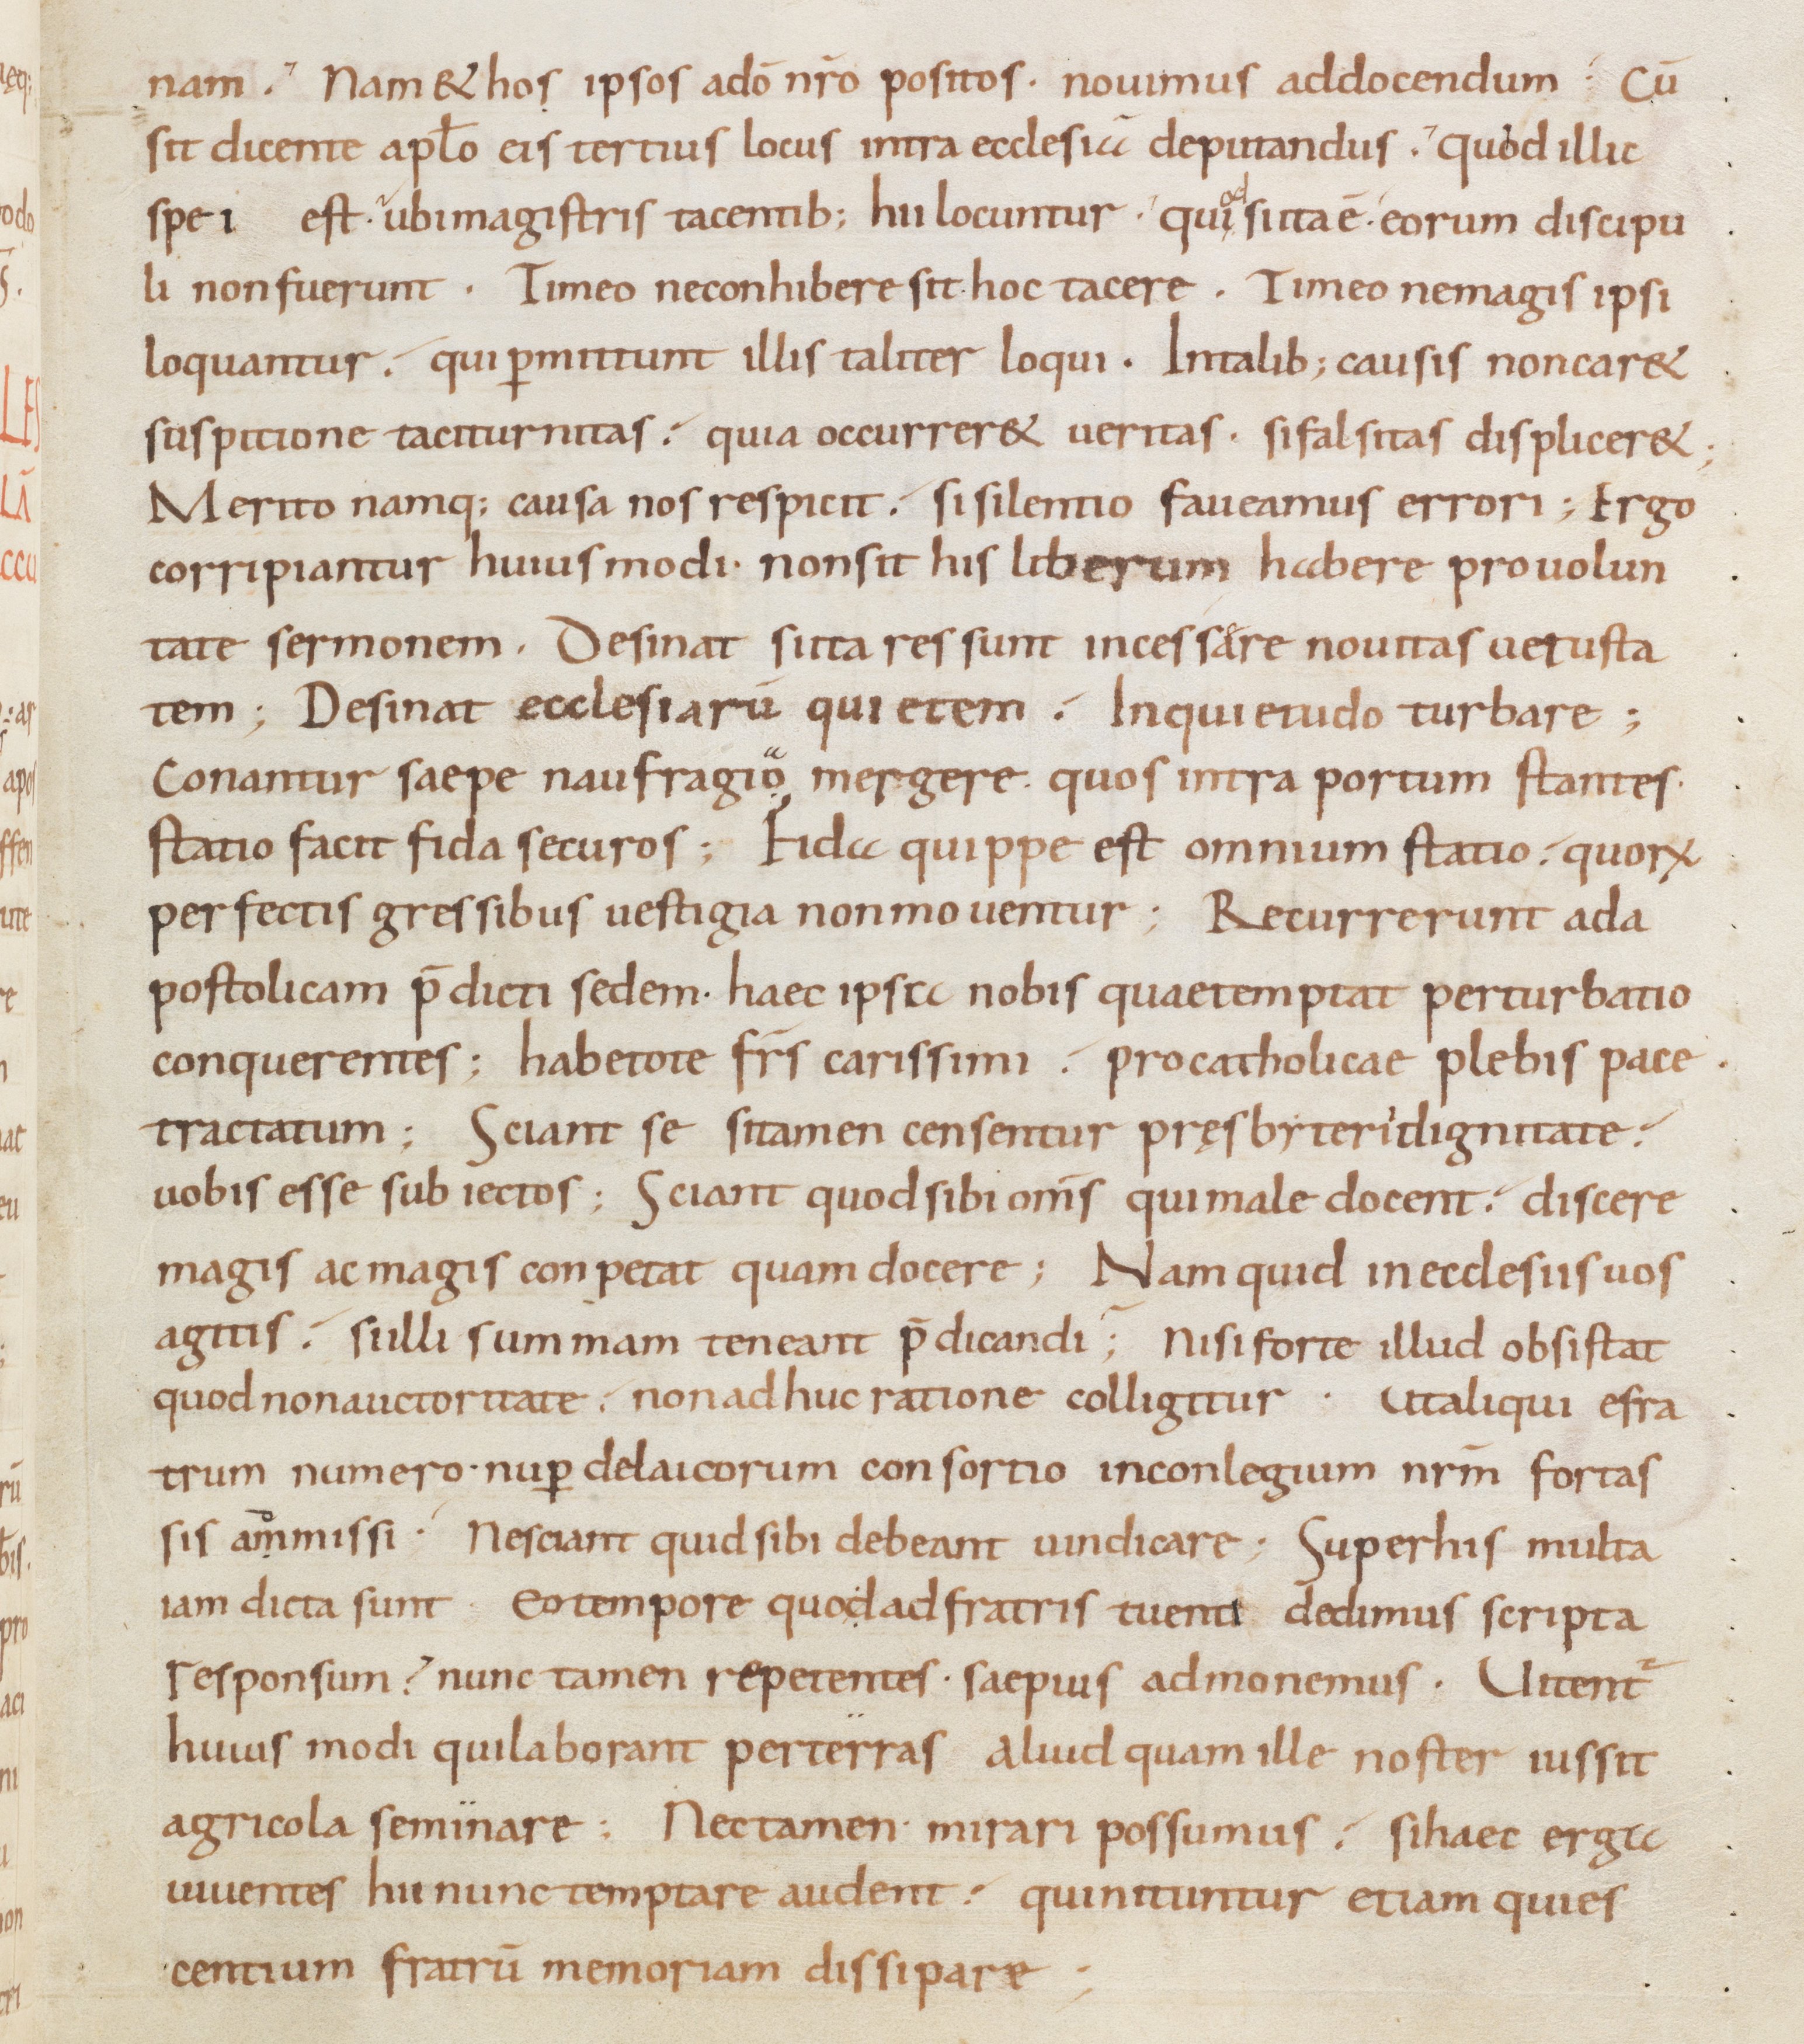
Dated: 805–865